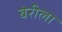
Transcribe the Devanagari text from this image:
बेरीला